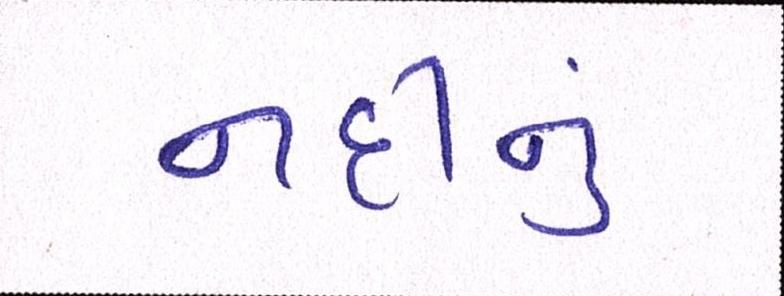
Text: નદીનું